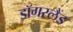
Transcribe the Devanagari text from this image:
डॉगरलैंड